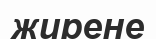
жирене